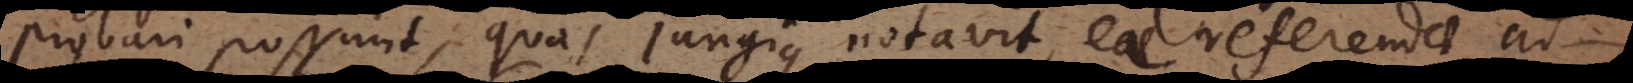
probari possunt, quas Jungius notavit, eae referendae ad